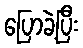
ပြောခဲ့ပြီး